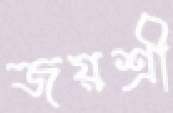
জয়শ্রী